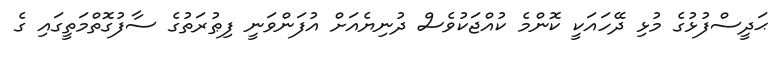
ޙަދީސްފުޅުގެ މުޅި ދޭހައަކީ ކޮންމެ ކުއްޖަކުވެސް ދުނިޔެއަށް އުފަންވަނީ ފިޠުރަތުގެ ސާފުގޮތްމަތީގައި ގެ